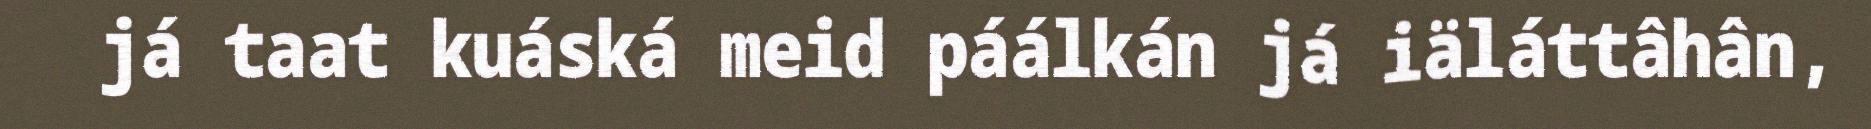
já taat kuáská meid páálkán já iäláttâhân,